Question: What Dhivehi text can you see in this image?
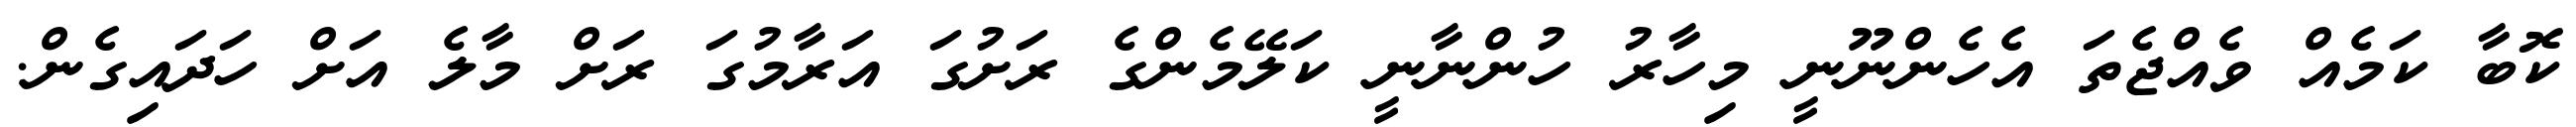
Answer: ކޮބާ ކަމެއް ވެއްޖެތަ އެހެންނޫނީ މިހާރު ހުންނާނީ ކަލޭމެންގެ ރަށުގަ އަރާމުގަ ރަށް މާލެ އަށް ހަދައިގެން.